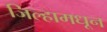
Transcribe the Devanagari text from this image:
जिल्हामधून